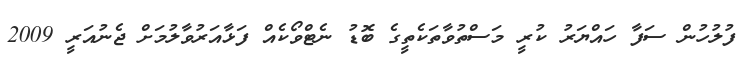
ފުލުހުން ސަފާ ހައްޔަރު ކުރީ މަސްތުވާތަކެތީގެ ބޮޑު ނެޓްވޯކެއް ފަޅާއަރުވާލުމަށް ޖެނުއަރީ 2009